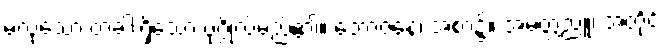
မလုံသော တံခါးရှိသော ပုဂ္ဂိုလ်မည်၏။ ဘောဇနေ၊ အစာ၌။ အမတ္တညူ၊ အတိုင်း